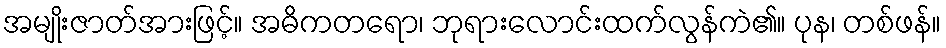
အမျိုးဇာတ်အားဖြင့်။ အဓိကတရော၊ ဘုရားလောင်းထက်လွန်ကဲ၏။ ပုန၊ တစ်ဖန်။